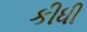
કીધી